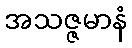
အသဇ္ဇမာနံ